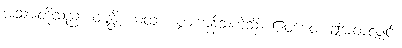
အသားတို့သည်။ ဝဍ္ဎန္တိ ယထာ၊ ပွားကုန်သကဲ့သို့။ ဧဝမေဝ၊ ဤအတူလျှင်။